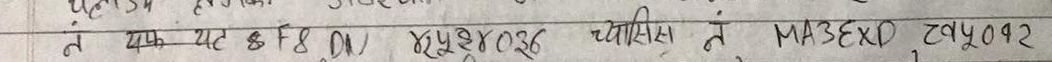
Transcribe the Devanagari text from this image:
न यह F8.DM. ४२४०३६ च्वासिह न MA3EXD ट ४०१२